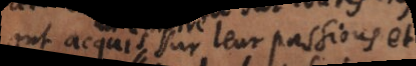
ont acquis sur leur passions et